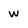
Character: w